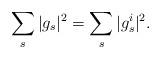
LaTeX: \begin{align*}\sum\limits_{s}|g_s|^2 = \sum\limits_{s}|g^i_s|^2. \end{align*}